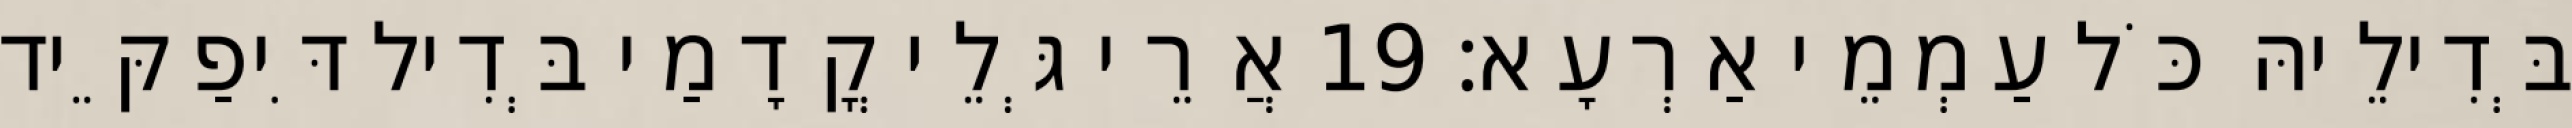
בְּדִילֵיהּ כֹּל עַמְמֵי אַרְעָא׃ 19 אֲרֵי גְּלֵי קֳדָמַי בְּדִיל דִּיפַקֵּיד